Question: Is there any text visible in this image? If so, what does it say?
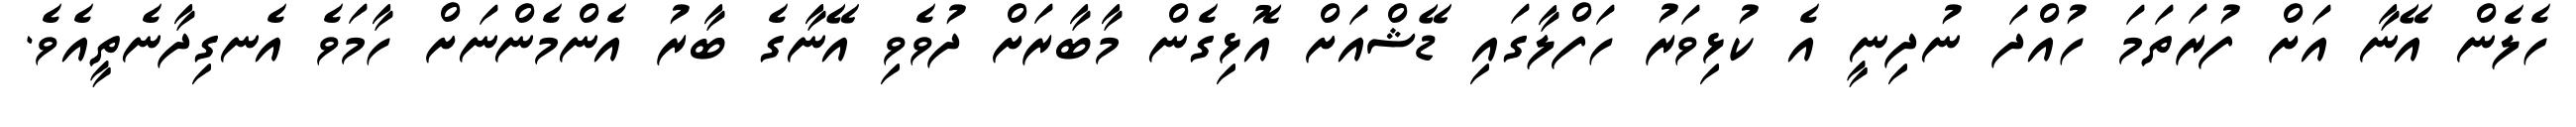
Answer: ހެލެން އޭނާ އަށް ފުރަތަމަ ހުއްދަ ނުދިނީ އެ ކުޅިވަރު ހަފްލާގައި ޑޭޝްއަށް އޮޅިގެން މާބާރަށް ދުވެވި އޭނާގެ ބާރު އެންމެންނަށް ހާމަވެ އެނގިދާނެތީއެވެ.